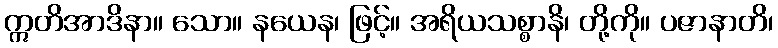
ဣတိအာဒိနာ။ သော။ နယေန၊ ဖြင့်။ အရိယသစ္စာနိ၊ တို့ကို။ ပဇာနာတိ၊